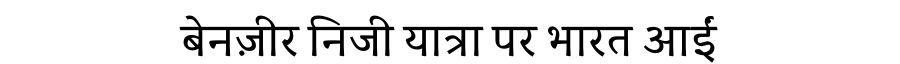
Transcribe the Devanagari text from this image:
बेनज़ीर निजी यात्रा पर भारत आईं